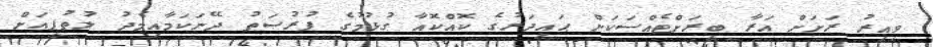
ވީއިރު ރަށަށް އަރާ ބީރަށްޓެއްސަކަށް ޙައިދަރުގެ ކޮއްކޮއާ ގުޅުމުގެ ފުރުޞަތު ދޭނަކަމާއިމެދު ލުތުފީއަށް